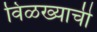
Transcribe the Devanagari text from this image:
विळख्याची